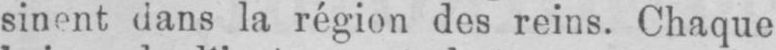
sinent dans la région des reins. Chaque